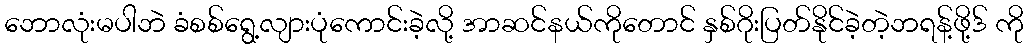
ဘောလုံးမပါဘဲ ခံစစ်ရွေ့လျားပုံကောင်းခဲ့လို့ အာဆင်နယ်ကိုတောင် နှစ်ဂိုးပြတ်နိုင်ခဲ့တဲ့ဘရန့်ဖို့ဒ် ကို